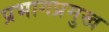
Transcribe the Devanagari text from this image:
प्रभागप्रमुख